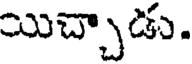
యిచ్చాడు.